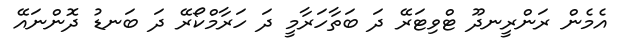
އެމެން ރަންރީނދޫ ޓްވިޓަރޭ ދަ ބަތާހަރާމީ ދަ ހަރާމްކޯރޭ ދަ ބަނޑު ދޮންނައޭ